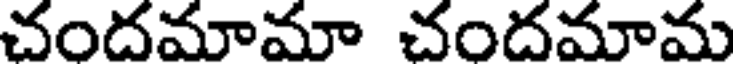
చందమామా చందమామ